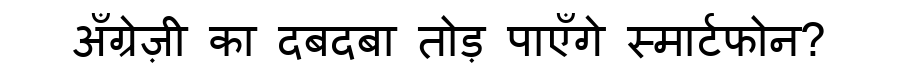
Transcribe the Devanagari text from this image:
अँग्रेज़ी का दबदबा तोड़ पाएँगे स्मार्टफोन?